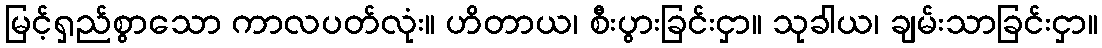
မြင့်ရှည်စွာသော ကာလပတ်လုံး။ ဟိတာယ၊ စီးပွားခြင်းငှာ။ သုခါယ၊ ချမ်းသာခြင်းငှာ။